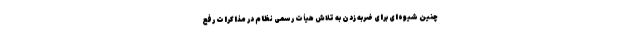
چنین شیوه‌ای برای ضربه زدن به تلاش هیأت رسمی نظام در مذاکرات رفع